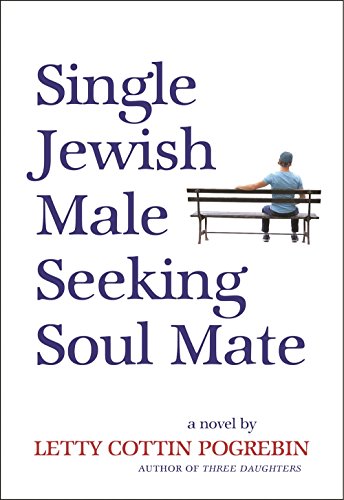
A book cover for Single Jewish Male Seeking Soul Mate; Letty Cottin Pogrebin; Romance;